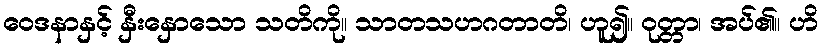
ဝေဒနာနှင့် နှီးနှောသော သတိကို။ သာတသဟဂတာတိ၊ ဟူ၍။ ဝုတ္တာ၊ အပ်၏။ ဟိ